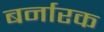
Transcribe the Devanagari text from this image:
बर्नारक